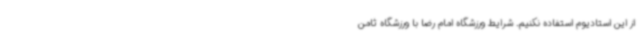
از این استادیوم استفاده نکنیم. شرایط ورزشگاه امام رضا با ورزشگاه ثامن